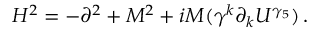
H ^ { 2 } = - \partial ^ { 2 } + M ^ { 2 } + i M ( \gamma ^ { k } \partial _ { k } U ^ { \gamma _ { 5 } } ) \, .